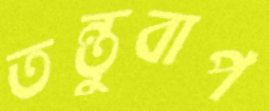
তন্তুবাপ